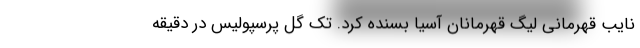
نایب قهرمانی لیگ قهرمانان آسیا بسنده کرد. تک گل پرسپولیس در دقیقه